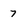
Character: 7